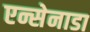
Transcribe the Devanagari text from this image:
एन्सेनाडा